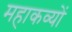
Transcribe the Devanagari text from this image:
महाकव्यों